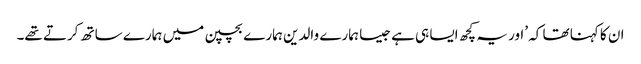
ان کا کہنا تھا کہ ’اور یہ کچھ ایسا ہی ہے جیسا ہمارے والدین ہمارے بچپن میں ہمارے ساتھ کرتے تھے۔